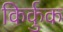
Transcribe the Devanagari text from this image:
किर्कुक